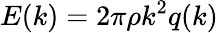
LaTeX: E(k)=2\pi\rho k^{2}q(k)